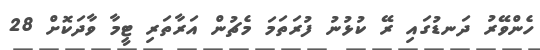
ހެންވޭރު ދަނޑުގައި ރޭ ކުޅުނު ފުރަތަމަ މެޗުން އަރާތަރި ޓީމާ ވާދަކޮށް 28